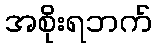
အစိုးရဘက်